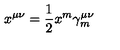
x ^ { \mu \nu } = \frac { 1 } { 2 } x ^ { m } \gamma _ { m } ^ { \mu \nu }